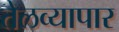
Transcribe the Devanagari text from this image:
तेलव्यापार